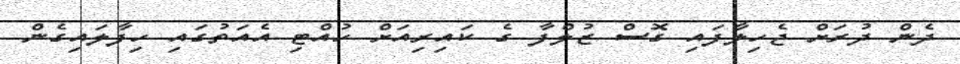
ދެން ދުރަށް ޖެހިލާފައި ގޮސް ޒުލްފާ ގެ ކައިރިއަށް ހުއްޓި އެއަތުގައި ހިފާލައިގެން